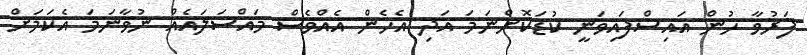
ފަރުވާ ހުން އައިސްފައިވަނީ ކުޑަކޮށްނަމަ އަދި އެހެން އެއްވެސް މައްސަލައެއް ނުވާނަމަ އެކަމަށް